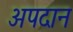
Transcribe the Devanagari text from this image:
अपदान